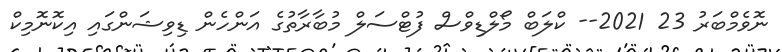
ނޮވެމްބަރު 23 2021-- ކްލަބް މޯލްޑިވްސް ފުޓްސަލް މުބާރާތުގެ އަންހެން ޑިވިޝަންގައި އިކޮނޮމިކް